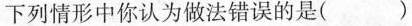
下列情形中你认为做法错误的是()